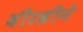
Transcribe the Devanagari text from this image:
वीरश्रीने